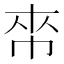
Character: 𢂯